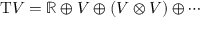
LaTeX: \mathrm { T } V = \mathbb { R } \oplus V \oplus ( V \otimes V ) \oplus \cdots